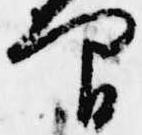
間